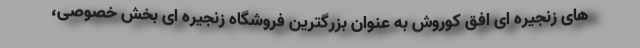
های زنجیره ای افق کوروش به عنوان بزرگترین فروشگاه زنجیره ای بخش خصوصی،